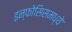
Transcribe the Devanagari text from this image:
इन्फोसिसमध्ये